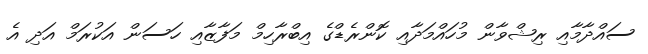
ސައްދާމާއި ރިޝްވާން މުހައްމަދާއި ކޮންރެޑްގެ އިބްރާހިމް މަފާޒާއި ހަސަން އަކުރަމް އަދި އެ